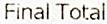
FINAL TOTAL